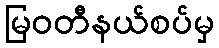
မြဝတီနယ်စပ်မှ